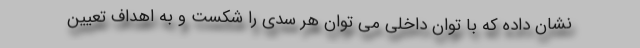
نشان داده که با توان داخلی می توان هر سدی را شکست و به اهداف تعیین